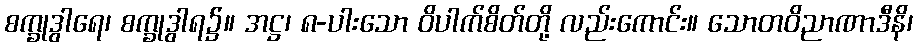
စက္ခုဒွါရေ၊ စက္ခုဒွါရ၌။ အဋ္ဌ၊ ၈-ပါးသော ဝိပါက်စိတ်တို့ လည်းကောင်း။ သောတဝိညာဏာဒီနိ၊